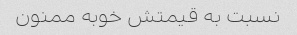
نسبت به قیمتش خوبه ممنون